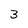
Character: 3